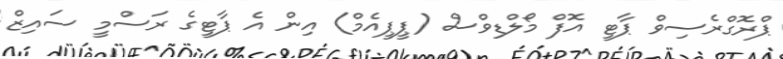
ޕްރޮގްރެސިވް ޕާޓީ އޮފް މޯލްޑިވްސް (ޕީޕީއެމް) އިން އެ ޕާޓީގެ ރަސްމީ ސައިޒް